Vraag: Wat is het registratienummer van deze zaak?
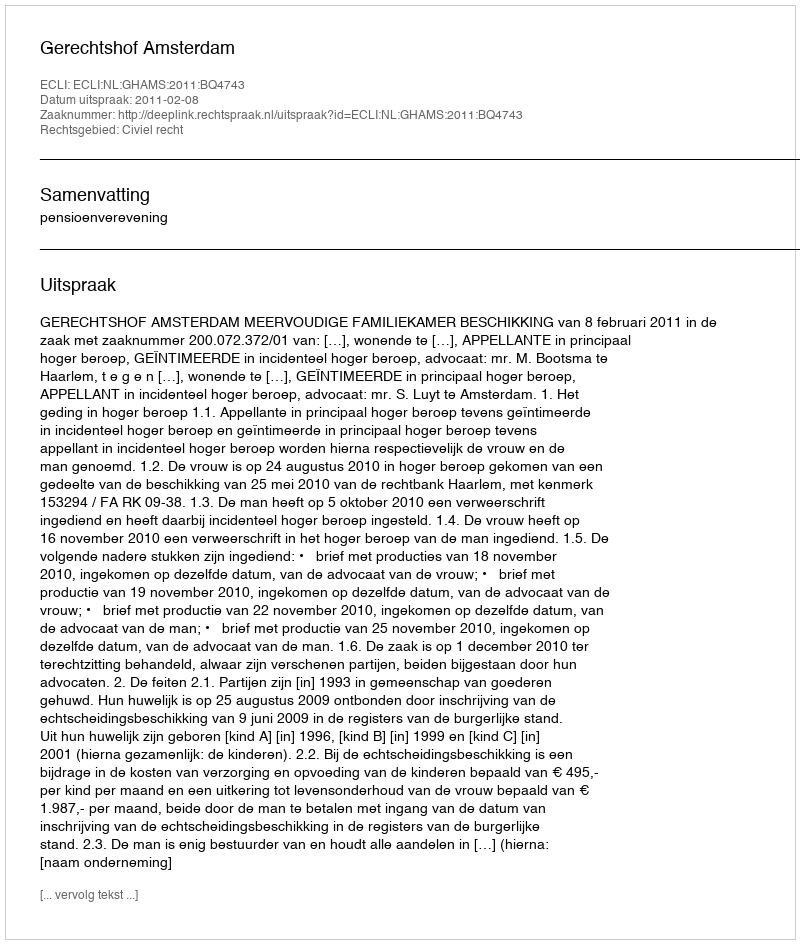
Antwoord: http://deeplink.rechtspraak.nl/uitspraak?id=ECLI:NL:GHAMS:2011:BQ4743